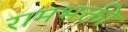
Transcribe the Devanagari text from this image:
रामभक्ती